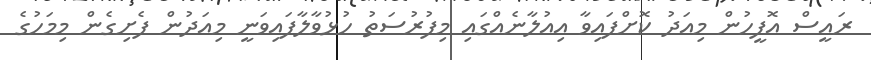
ރައީސް އޮފީހުން މިއަދު ކޮށްފައިވާ އިއުލާނެއްގައި މިފުރުސަތު ހުޅުވާލާފައިވަނީ މިއަދުން ފެށިގެން މިމަހުގެ